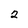
Character: 2